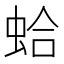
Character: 蛤